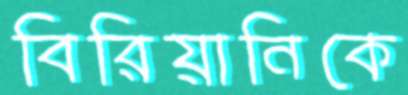
বিরিয়ানিকে